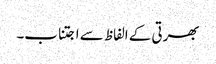
بھرتی کے الفاظ سے اجتناب۔